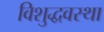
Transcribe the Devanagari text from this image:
विशुद्धवस्था